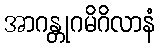
အာဂန္တုဂမိဂိလာနံ